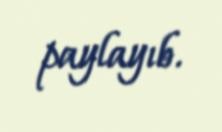
paylayıb.